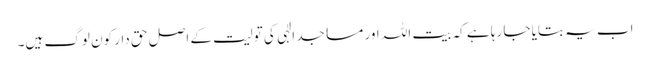
اب یہ بتایا جا رہا ہے کہ بیت اللہ اور مساجد الٰہی کی تولیت کے اصل حق دار کون لوگ ہیں۔